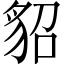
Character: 貂